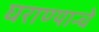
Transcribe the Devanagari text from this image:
घराण्यान्चे